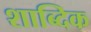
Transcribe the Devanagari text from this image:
शाब्दिक